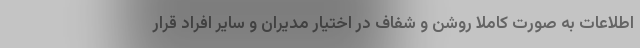
اطلاعات به صورت کاملاً روشن و شفاف در اختیار مدیران و سایر افراد قرار